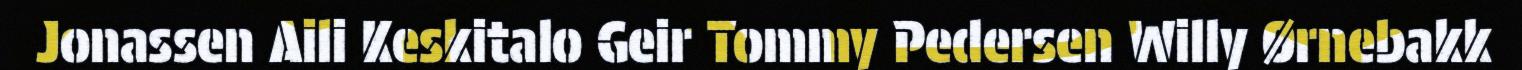
Jonassen Aili Keskitalo Geir Tommy Pedersen Willy Ørnebakk